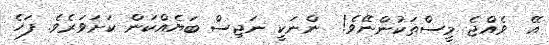
އޭ  ވެއްޖެ މީސްތަކުންނޭވެ!  ންނަކީ ނަޖިސް ބަޔެއްކަން ކަށަވަރެވެ. ފަހެ